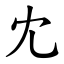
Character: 冘